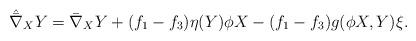
LaTeX: \begin{align*}\hat{\bar{\nabla}}_{X}Y=\bar{\nabla}_X Y+(f_1-f_3)\eta(Y)\phi X-(f_1-f_3)g(\phi X,Y)\xi.\end{align*}